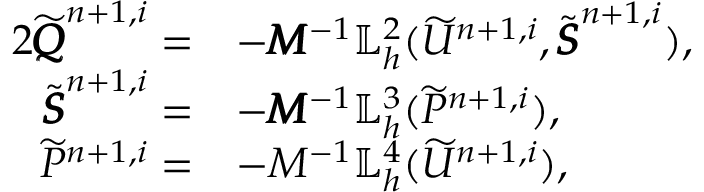
\begin{array} { r l } { { 2 } \widetilde { \pmb { Q } } ^ { n + 1 , i } = } & { - \pmb { M } ^ { - 1 } \mathbb { L } _ { h } ^ { 2 } ( \widetilde { U } ^ { n + 1 , i } , \widetilde { \pmb { S } } ^ { n + 1 , i } ) , } \\ { \widetilde { \pmb { S } } ^ { n + 1 , i } = } & { - \pmb { M } ^ { - 1 } \mathbb { L } _ { h } ^ { 3 } ( \widetilde { P } ^ { n + 1 , i } ) , } \\ { \widetilde { P } ^ { n + 1 , i } = } & { - M ^ { - 1 } \mathbb { L } _ { h } ^ { 4 } ( \widetilde { U } ^ { n + 1 , i } ) , } \end{array}